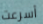
أسرعت